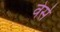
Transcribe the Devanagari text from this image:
वेर्स